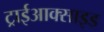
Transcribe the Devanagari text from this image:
ट्राईआक्साइड